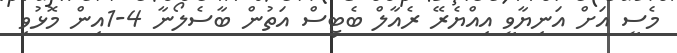
މެސީ އަށް އަނިޔާވީ އިއްޔެރޭ ރެއާލް ބެޓިސް އަތުން ބާސެލޯނާ 4-1އިން މޮޅުވި